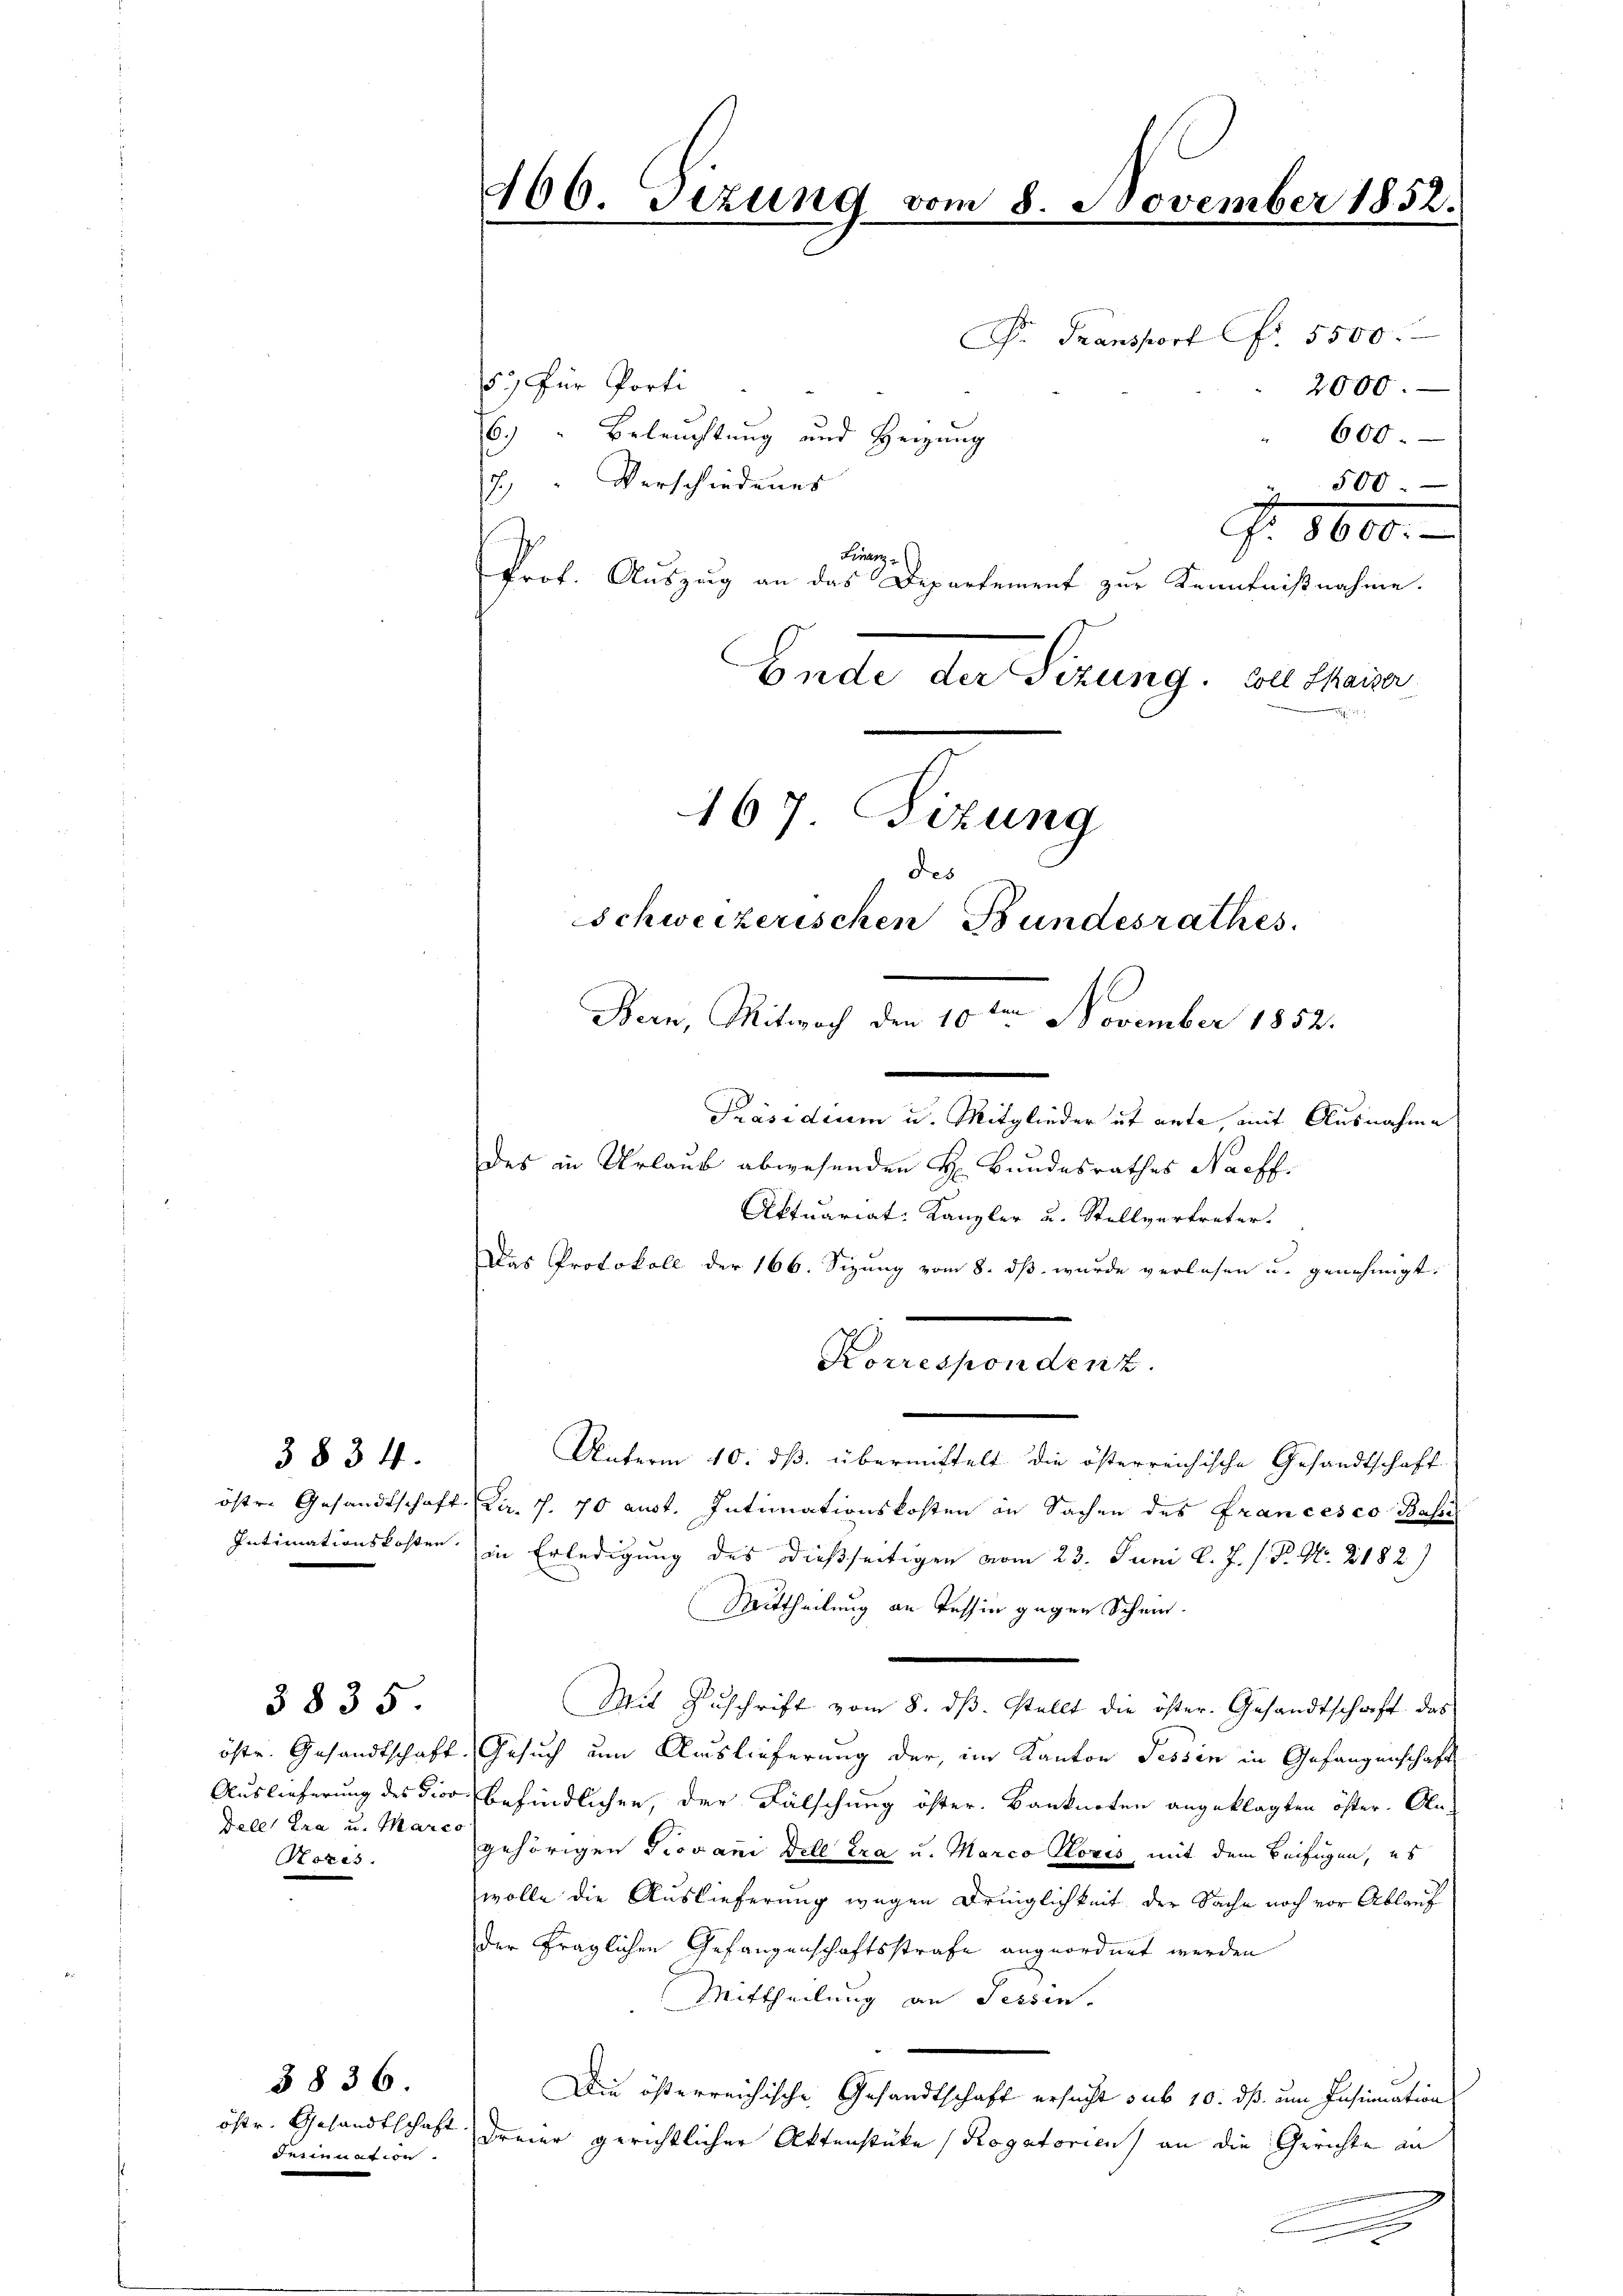
3834.

Deles tra u. Marco
Sores

3835

öftr. Gesandtschaft
Insinuation.

3836

466. Sezung vom 8. November 1852.

15.) Für Porti
6.) " Beleuchtung und Heizung
7. " Verschiedenes
Finanz
Prof. Aŭszŭg an das Departement zŭr Kenntniβnahme.
Ende der Serung. Du seine
Präsidium u. Mitglieder ist ante, mit Ausnahme
des in Urlaub abwesenden H. Bundesrathes Nachf
Aktuariat Kanzler u. Stellvertreter.
Das Protokoll der 166. Sizung vom 8. dß wurde verlesen u. genehmigt.
Korrespondenz.
Unterm 10. ds. übermittelt die österreichische Gesandtschaft
östre Gesandtschaft Dir. 7. 70 aust. Intimationskosten in Sachen des Francesco Base
Intimationskosten in Erledigung des dießseitigen vom 23. Juni l. J. J. P. Nr. 2182)
Mittheilung an Tessin gegen Schein.
Mit Zuschrift vom 8. dβ. stellt die öster. Gesandtschaft das
öste. Gesandtschaft Gesuch um Auslieferung der, im Kanton Tessin in Gefangenschaft
Auslieferung des dies befindlichen, der Fälschung öster. Banknoten angeklagten öfter. Ale-
gehörigen Provani dell tra u. Marco Hozis, mit dem Beifügen, es
wolle die Auslieferung wegen Dringlichkeit der Sache noch vor Ablauf
der fraglichen Gefangenschaftsstrafe angeordnet werden
Mittheilung an Fessen.
Die österreichische Gesandtschaft ersucht sub 10. dß um Insinuation
Dreier gerichtlicher Aktenstüke (Rogatorien) an die Gerichte an

167 Sizung
des
SSchweizerischen Bundesrathes.
Bern, Mitwoch den 10ten November 1852.

F. Transport fr. 5500.
600.
2 500.
. 8600.

2000.